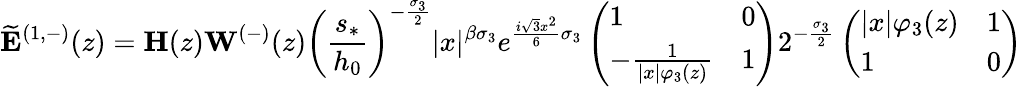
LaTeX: \widetilde{\mathbf{E}}^{(1,-)}(z)=\mathbf{H}(z)\mathbf{W}^{(-)}(z)\left(\frac{s_{*}}{h_{0}}\right)^{-\frac{\sigma_{3}}{2}}|x|^{{\beta}\sigma_{3}}e^{\frac{i\sqrt{3}x^{2}}{6}\sigma_{3}}\left(\begin{array}{ll}{1}&{0}\\ {-\frac{1}{|x|\varphi_{3}(z)}}&{1}\end{array}\right)2^{-\frac{\sigma_{3}}{2}}\left(\begin{array}{ll}{|x|\varphi_{3}(z)}&{1}\\ {1}&{0}\end{array}\right)